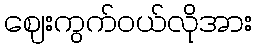
ဈေးကွက်ဝယ်လိုအား